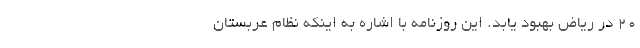
۲۰ در ریاض بهبود یابد. این روزنامه با اشاره به اینکه نظام عربستان